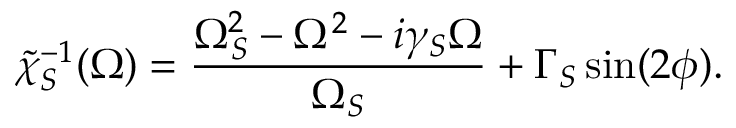
\tilde { \chi } _ { S } ^ { - 1 } ( \Omega ) = \frac { \Omega _ { S } ^ { 2 } - \Omega ^ { 2 } - i \gamma _ { S } \Omega } { \Omega _ { S } } + \Gamma _ { S } \sin ( 2 \phi ) .